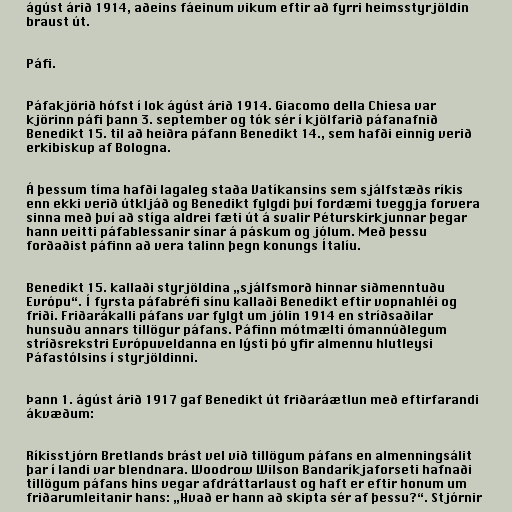
ágúst árið 1914, aðeins fáeinum vikum eftir að fyrri heimsstyrjöldin
braust út.

Páfi.

Páfakjörið hófst í lok ágúst árið 1914. Giacomo della Chiesa var
kjörinn páfi þann 3. september og tók sér í kjölfarið páfanafnið
Benedikt 15. til að heiðra páfann Benedikt 14., sem hafði einnig verið
erkibiskup af Bologna.

Á þessum tíma hafði lagaleg staða Vatíkansins sem sjálfstæðs ríkis
enn ekki verið útkljáð og Benedikt fylgdi því fordæmi tveggja forvera
sinna með því að stíga aldrei fæti út á svalir Péturskirkjunnar þegar
hann veitti páfablessanir sínar á páskum og jólum. Með þessu
forðaðist páfinn að vera talinn þegn konungs Ítalíu.

Benedikt 15. kallaði styrjöldina „sjálfsmorð hinnar siðmenntuðu
Evrópu“. Í fyrsta páfabréfi sínu kallaði Benedikt eftir vopnahléi og
friði. Friðarákalli páfans var fylgt um jólin 1914 en stríðsaðilar
hunsuðu annars tillögur páfans. Páfinn mótmælti ómannúðlegum
stríðsrekstri Evrópuveldanna en lýsti þó yfir almennu hlutleysi
Páfastólsins í styrjöldinni.

Þann 1. ágúst árið 1917 gaf Benedikt út friðaráætlun með eftirfarandi
ákvæðum:

Ríkisstjórn Bretlands brást vel við tillögum páfans en almenningsálit
þar í landi var blendnara. Woodrow Wilson Bandaríkjaforseti hafnaði
tillögum páfans hins vegar afdráttarlaust og haft er eftir honum um
friðarumleitanir hans: „Hvað er hann að skipta sér af þessu?“. Stjórnir